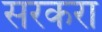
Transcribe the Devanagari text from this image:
सरकरा